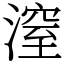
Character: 潌